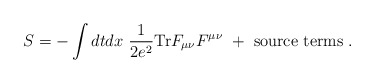
\begin{align*}S=-\int dtdx~\frac{1}{2e^2}{\rm Tr}F_{\mu\nu}F^{\mu\nu}~+~{\rm source~terms} \; .\end{align*}